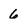
Character: 6